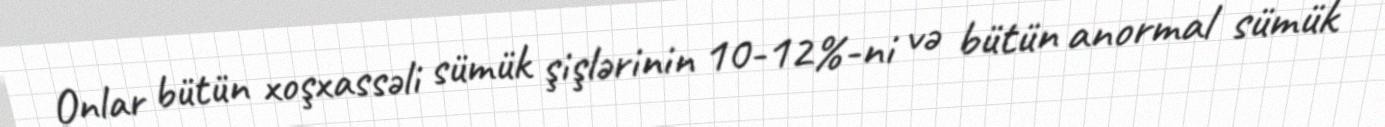
Onlar bütün xoşxassəli sümük şişlərinin 10-12%-ni və bütün anormal sümük